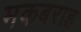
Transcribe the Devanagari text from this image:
मकबराह